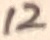
Text: 12